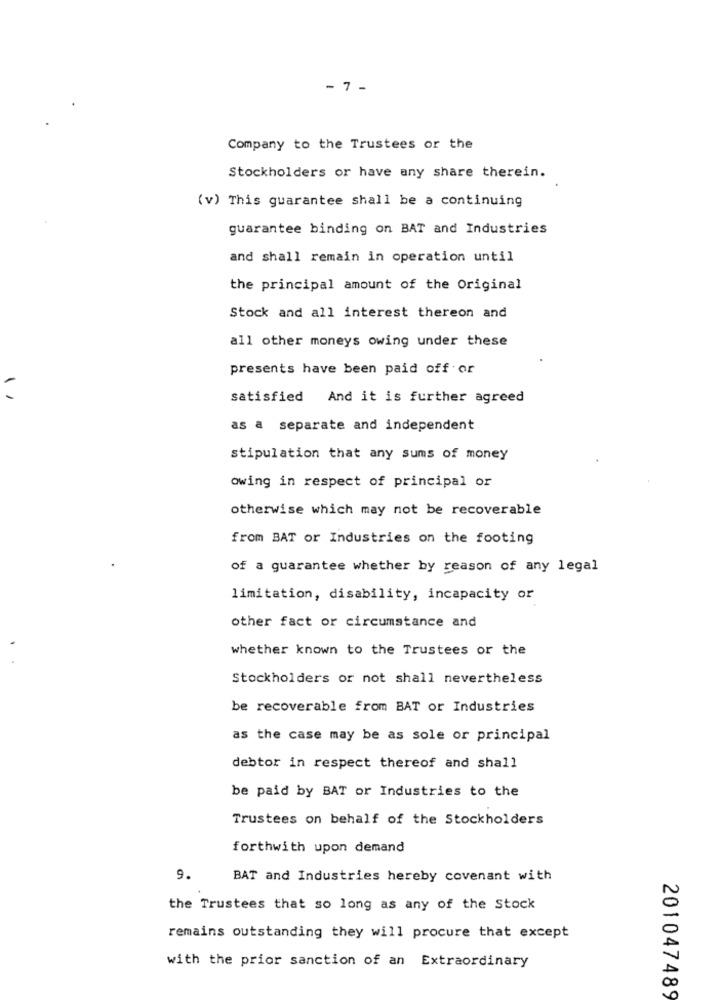
- 7 -
Company to the Trustees or the
Stockholders or have any share therein.
(v) This guarantee shall be a continuing
guarantee binding on BAT and Industries
and shall remain in operation until
the principal amount of the Original
Stock and all interest thereon and
all other moneys owing under these
presents have been paid off or
satisfied And it is further agreed
as a separate and independent
stipulation that any sums of money
owing in respect of principal or
otherwise which may not be recoverable
from BAT or Industries on the footing
of a guarantee whether by reason of any legal
limitation, disability, incapacity or
other fact or circumstance and
whether known to the Trustees or the
Stockholders or not shall nevertheless
be recoverable from BAT or Industries
as the case may be as sole or principal
debtor in respect thereof and shall
be paid by BAT or Industries to the
Trustees on behalf of the Stockholders
forthwith upon demand
9.
BAT and Industries hereby covenant with
the Trustees that so long as any of the Stock
remains outstanding they will procure that except
with the prior sanction of an Extraordinary
201047489